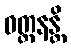
ဝတ္တနန္တိ